Code of medical and sanitary regulations for the guidance of medical officers serving in the Madras Presidency - Volume I
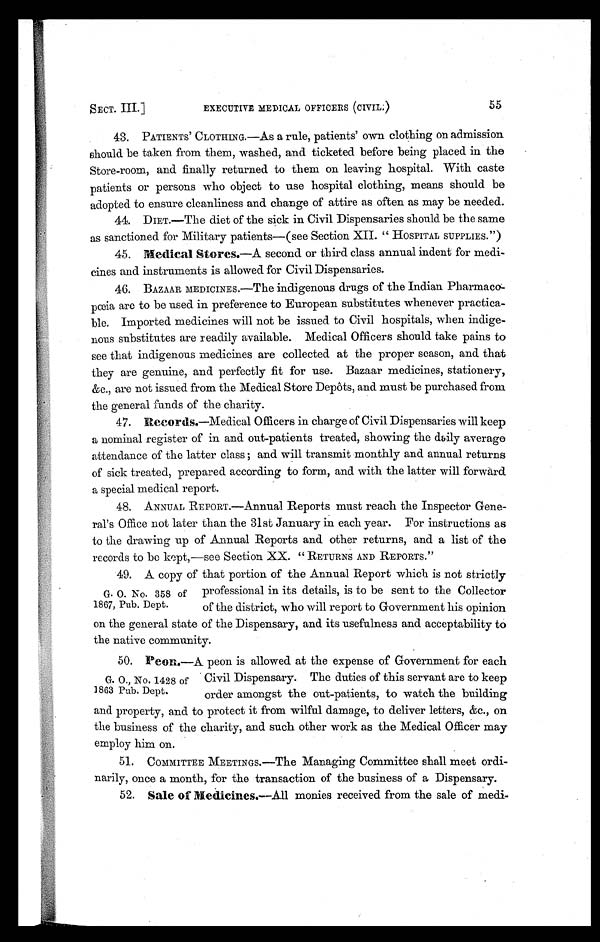
SECT. III.]
EXECUTIVE MEDICAL OFFICERS (CIVIL.)
55
43. PATIENTS' CLOTHING.—As a rule, patients' own clothing on admission
should be taken from them, washed, and ticketed before being placed in the
Store-room, and finally returned to them on leaving hospital. With caste
patients or persons who object to use hospital clothing, means should be
adopted to ensure cleanliness and change of attire as often as may be needed.
44. DIET.—The diet of the sick in Civil Dispensaries should be the same
as sanctioned for Military patients—(see Section XII. " HOSPITAL SUPPLIES.")
45. Medical Stores .—A second or third class annual indent for medi-
cines and instruments is allowed for Civil Dispensaries.
46. BAZAAR MEDICINES.—The indigenous drugs of the Indian Pharmaco-
pœia are to be used in preference to European substitutes whenever practica-
ble. Imported medicines will not be issued to Civil hospitals, when indige-
nous substitutes are readily available. Medical Officers should take pains to
see that indigenous medicines are collected at the proper season, and that
they are genuine, and perfectly fit for use. Bazaar medicines, stationery,
&c., are not issued from the Medical Store Depôts, and must be purchased from
the general funds of the charity.
47. Records.—Medical Officers in charge of Civil Dispensaries will keep
a nominal register of in and out-patients treated, showing the daily average
attendance of the latter class ; and will transmit monthly and annual returns
of sick treated, prepared according to form, and with the latter will forward
a special medical report.
48. ANNUAL REPORT.—Annual Reports must reach the Inspector Gene-
ral's Office not later than the 31st January in each year. For instructions as
to the drawing up of Annual Reports and other returns, and a list of the
records to be kept,—see Section XX. " RETURNS AND REPORTS."
49. A copy of that portion of the Annual Report which is not strictly
professional in its details, is to be sent to the Collector
of the district, who will report to Government his opinion
on the general state of the Dispensary, and its usefulness and acceptability to
the native community.
50. Peon.—A peon is allowed at the expense of Government for each
Civil Dispensary. The duties of this servant are to keep
order amongst the out-patients, to watch the building
and property, and to protect it from wilful damage, to deliver letters, &c., on
the business of the charity, and such other work as the Medical Officer may
employ him on.
51. COMMITTEE MEETINGS.—The Managing Committee shall meet ordi-
narily, once a month, for the transaction of the business of a Dispensary.
52. Sale of Medicines.—All monies received from the sale of medi-
G. O. No. 358 of
1867, Pub. Dept.
G. O., No. 1428 of
1863 Pub. Dept.